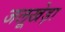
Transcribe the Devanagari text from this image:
जलूखेड़ा